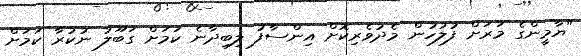
"ޔާމީންގެ މަރަށް ފުލުހުން މެދުވެރިކޮށް އިންސާފު ލިބިދާނެ ކަމަށް ގަބޫލު ނުކުރާ ކަމަށް